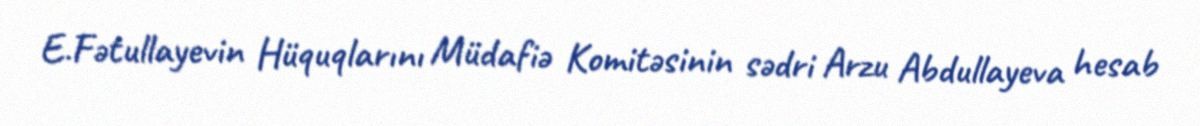
E.Fətullayevin Hüquqlarını Müdafiə Komitəsinin sədri Arzu Abdullayeva hesab